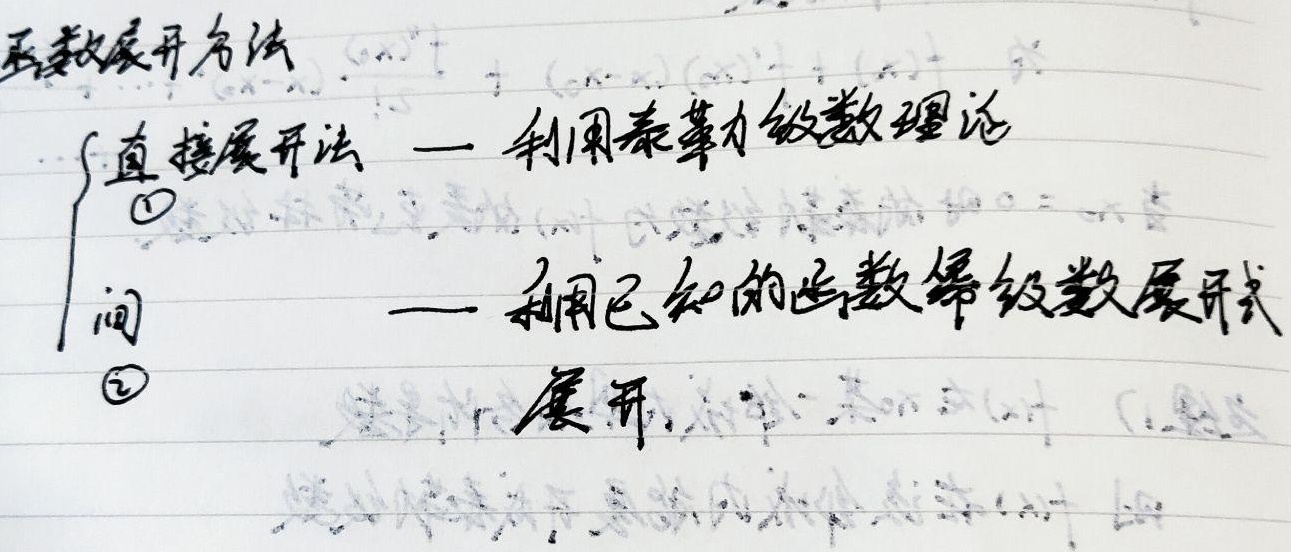
函数展开方法
\(\begin{cases}
\text{直接展开法} — \text{利用泰勒级数理论} \textcircled{1}\\
\text{间接展开法} — \text{利用已知的函数幂级数展开式} \textcircled{2}
\end{cases}\)